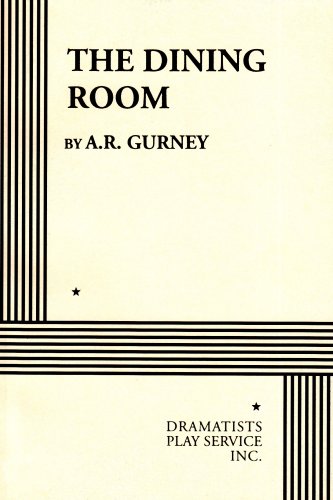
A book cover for The Dining Room.; A. R. Gurney; Humor & Entertainment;